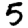
Digit: 5